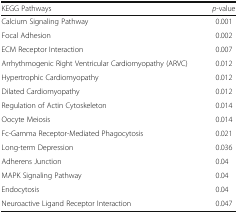
| KEGG Pathways | p-value |
 | --- | --- |
 | Calcium Signaling Pathway | 0.001 |
 | Focal Adhesion | 0.002 |
 | ECM Receptor Interaction | 0.007 |
 | Arrhythmogenic Right Ventricular Cardiomyopathy (ARVC) | 0.012 |
 | Hypertrophic Cardiomyopathy | 0.012 |
 | Dilated Cardiomyopathy | 0.012 |
 | Regulation of Actin Cytoskeleton | 0.014 |
 | Oocyte Meiosis | 0.014 |
 | Fc-Gamma Receptor-Mediated Phagocytosis | 0.021 |
 | Long-term Depression | 0.036 |
 | Adherens Junction | 0.04 |
 | MAPK Signaling Pathway | 0.04 |
 | Endocytosis | 0.04 |
 | Neuroactive Ligand Receptor Interaction | 0.047 |